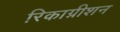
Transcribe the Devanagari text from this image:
रिकाग्नीशन